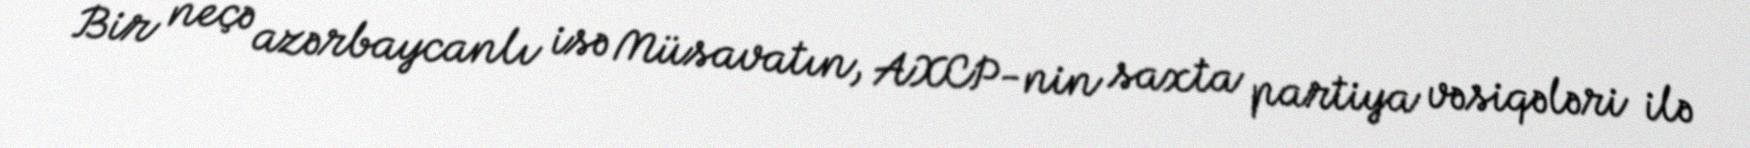
Bir neçə azərbaycanlı isə Müsavatın, AXCP-nin saxta partiya vəsiqələri ilə